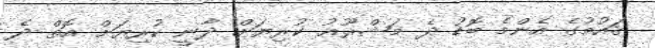
ޤައުމުގެ އެންމެ ބޮޑު ދެ މަޝްރޫޢު ކުރިޔަށް ދާނީ ކުރިޔަށް އޮތް ދެ